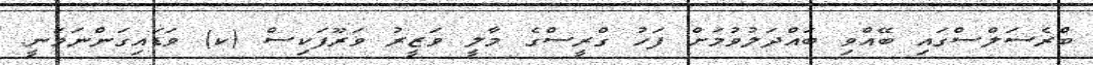
ބްރެސަލްސްގައި ބޭއްވި ބައްދަލުވުމަށް ފަހު ގްރީސްގެ މާލީ ވަޒީރު ވަރޫފަކިސް (ކ) ވަަޑައިގަންނަވަނީ.